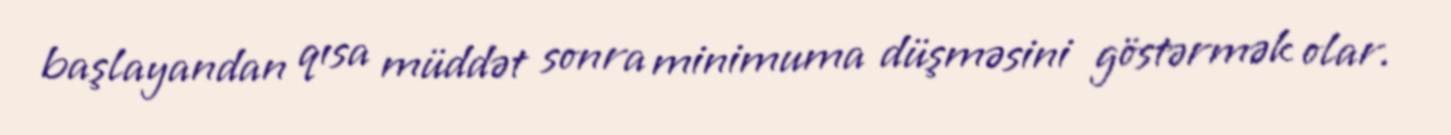
başlayandan qısa müddət sonra minimuma düşməsini göstərmək olar.